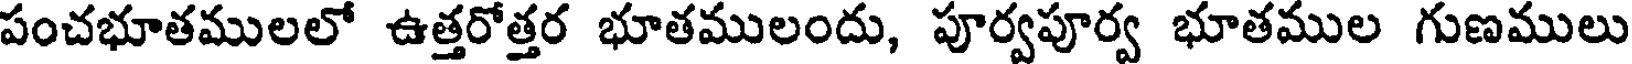
పంచభూతములలో ఉత్తరోత్తర భూతములందు, పూర్వపూర్వ భూతముల గుణములు